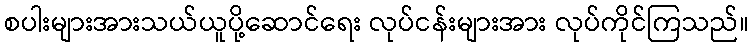
စပါးများအားသယ်ယူပို့ဆောင်ရေး လုပ်ငန်းများအား လုပ်ကိုင်ကြသည်။